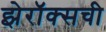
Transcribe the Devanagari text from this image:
झेरॉक्सची